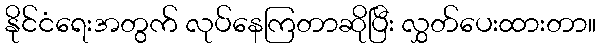
နိုင်ငံရေးအတွက် လုပ်နေကြတာဆိုပြီး လွှတ်ပေးထားတာ။